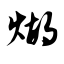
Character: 煳